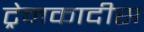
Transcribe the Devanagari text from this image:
ट्रेनकादीस